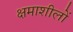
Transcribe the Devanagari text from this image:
क्षमाशीलों